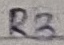
Text: R3